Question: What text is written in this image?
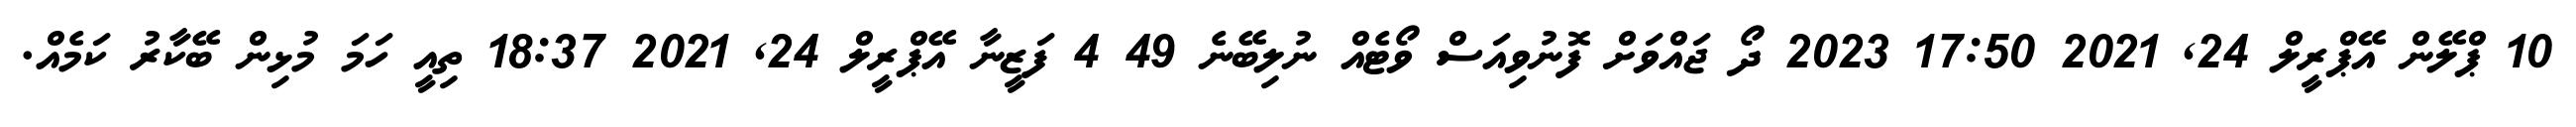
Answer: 10 ޕްލޭން އޭޕްރީލް 24, 2021 17:50 2023 ދޯ ޖައްވަށް ފޮނުވިއަސް ވޯޓެއް ނުލިބޭނެ 49 4 ފަޒީނާ އޭޕްރީލް 24, 2021 18:37 ތިއީ ހަމަ މުޅިން ބޭކާރު ކަމެއް.